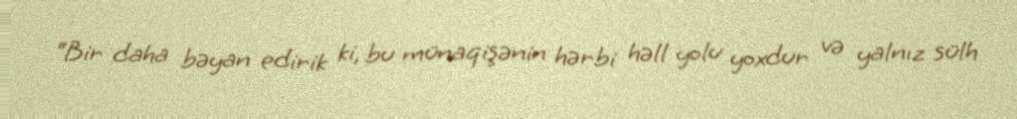
“Bir daha bəyan edirik ki, bu münaqişənin hərbi həll yolu yoxdur və yalnız sülh